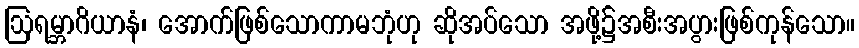
ဩရမ္ဘာဂိယာနံ၊ အောက်ဖြစ်သောကာမဘုံဟု ဆိုအပ်သော အဖို့၌အစီးအပွားဖြစ်ကုန်သော။